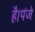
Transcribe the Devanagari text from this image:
है।पंजे